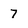
Character: 7